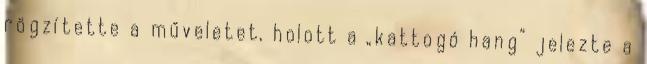
rögzítette a műveletet, holott a „kattogó hang” jelezte a